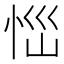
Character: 𢙉